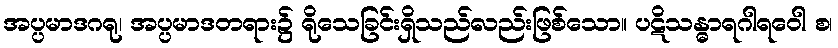
အပ္ပမာဒဂရု၊ အပ္ပမာဒတရား၌ ရိုသေခြင်းရှိသည်လည်းဖြစ်သော။ ပဋိသန္ဓာရဂါရဝေါ စ၊